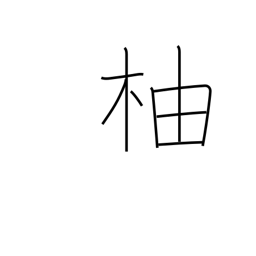
Meaning: citron